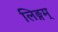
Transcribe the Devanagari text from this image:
लिङ्गम्‌